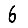
Digit: 6